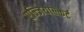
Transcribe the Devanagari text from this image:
एन्जियाल्कर्ट